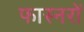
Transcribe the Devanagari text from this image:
फास्नरों